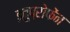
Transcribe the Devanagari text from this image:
इबुप्रोफेंन